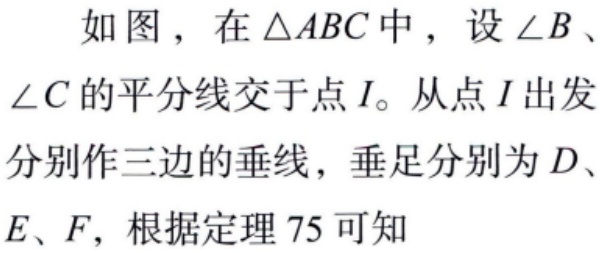
如图，在$\triangle ABC$中，设$\angle B$、$\angle C$的平分线交于点$I$。从点$I$出发分别作三边的垂线，垂足分别为$D、E、F$，根据定理$75$可知